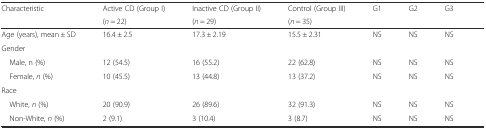
<table><thead><tr><td rowspan="2"><b>Characteristic</b></td><td><b>Active CD (Group I)</b></td><td><b>Inactive CD (Group II)</b></td><td><b>Control (Group III)</b></td><td><b>G1</b></td><td><b>G2</b></td><td><b>G3</b></td><td></td></tr><tr><td><b>(<i>n</i> = 22)</b></td><td><b>(<i>n</i> = 29)</b></td><td><b>(<i>n</i> = 35)</b></td><td></td><td></td><td></td><td></td></tr></thead><tbody><tr><td>Age (years), mean ± SD</td><td>16.4 ± 2.5</td><td>17.3 ± 2.19</td><td>15.5 ± 2.31</td><td>NS</td><td>NS</td><td>NS</td><td></td></tr><tr><td>Gender</td><td></td><td></td><td></td><td></td><td></td><td></td><td></td></tr><tr><td> Male, n (%)</td><td>12 (54.5)</td><td>16 (55.2)</td><td>22 (62.8)</td><td>NS</td><td>NS</td><td>NS</td><td></td></tr><tr><td> Female, <i>n</i> (%)</td><td>10 (45.5)</td><td>13 (44.8)</td><td>13 (37.2)</td><td>NS</td><td>NS</td><td>NS</td><td></td></tr><tr><td>Race</td><td></td><td></td><td></td><td></td><td></td><td></td><td></td></tr><tr><td> White, <i>n</i> (%)</td><td>20 (90.9)</td><td>26 (89.6)</td><td>32 (91.3)</td><td>NS</td><td>NS</td><td>NS</td><td></td></tr><tr><td> Non-White, <i>n</i> (%)</td><td>2 (9.1)</td><td>3 (10.4)</td><td>3 (8.7)</td><td>NS</td><td>NS</td><td>NS</td><td></td></tr></tbody></table>